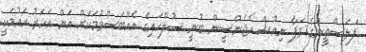
ފަލަސްތީނުގެ ވަފާ ނިއުސް އެޖެންސީން ބުނީ ސުލްހައިގެ އެއްބަސްވުމަކަށް އަން އަހަރު އައުމަކީ